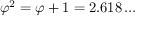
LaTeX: \varphi ^ { 2 } = \varphi + 1 = 2 . 6 1 8 \dots